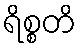
ရိစ္စတိ